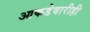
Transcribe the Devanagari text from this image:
आकडेवारीही